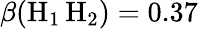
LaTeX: \beta(\mathrm{H}_{1}\, \mathrm{H}_{2})=0.37